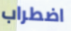
اضطراب